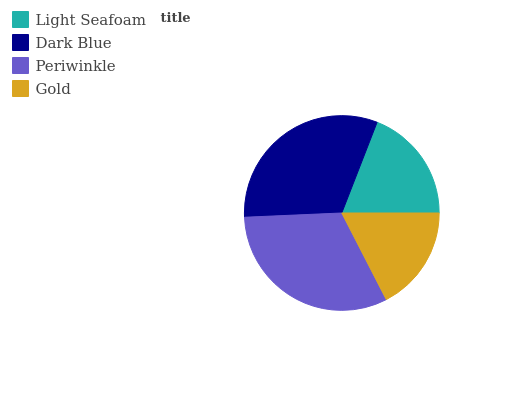
| Light Seafoam | Dark Blue | Periwinkle | Gold |
 | --- | --- | --- | --- |
 | 19.1% | 31.6% | 31.8% | 17.5% |